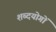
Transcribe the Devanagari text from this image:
शब्दयोगों